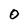
Character: O